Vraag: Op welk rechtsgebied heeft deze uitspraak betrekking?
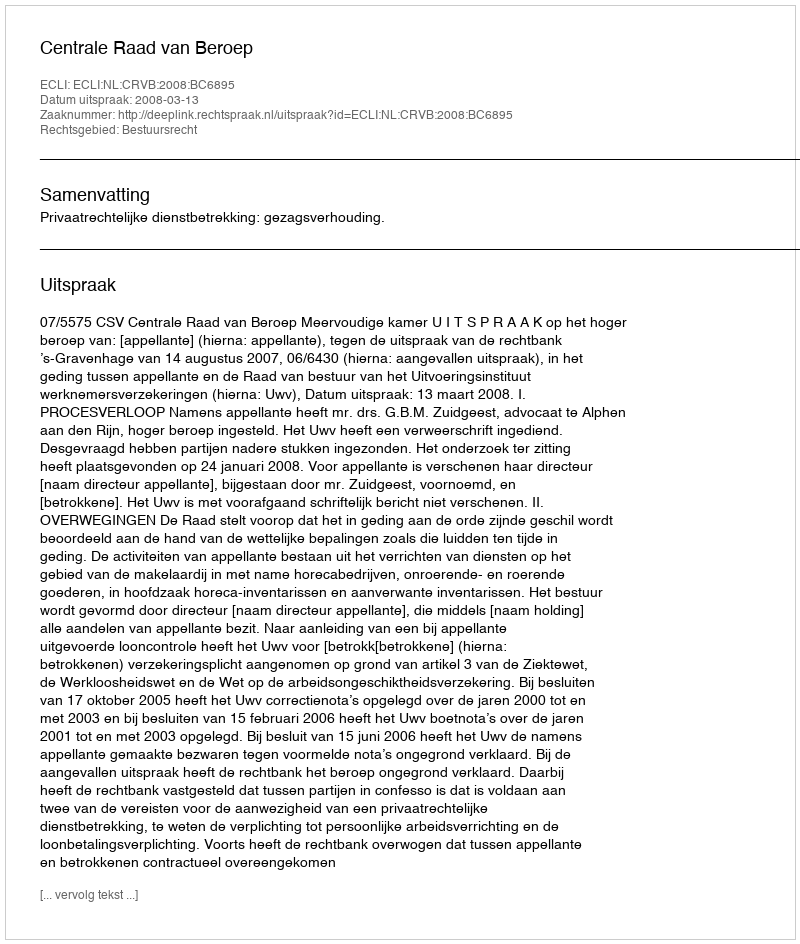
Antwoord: Bestuursrecht